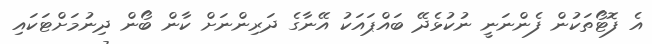
އެ ފޮޓޯތަކުން ފެންނަނީ ނުކުޅެދޭ ބައްޕައަކު އޭނާގެ ދަރިންނަށް ކާން ބޯން ދިނުމަށްޓަކައި